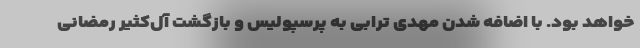
خواهد بود. با اضافه شدن مهدی ترابی به پرسپولیس و بازگشت آل‌کثیر رمضانی